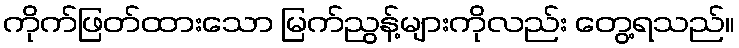
ကိုက်ဖြတ်ထားသော မြက်ညွန့်များကိုလည်း တွေ့ရသည်။